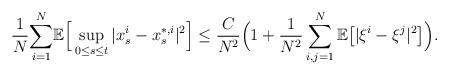
LaTeX: \begin{align*}\frac{1}{N}\underset{i=1}{\overset{N}{\sum}}\mathbb{E}\Big[\sup_{0\leq s\leq t}|x_s^i-x_s^{*,i}|^2\Big] \leq\frac{C}{N^2}\Big(1+\frac{1}{N^2}\sum_{i,j=1}^N\mathbb E\big[|\xi^i-\xi^j|^2\big]\Big).\end{align*}